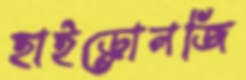
হাইড্রোলজি